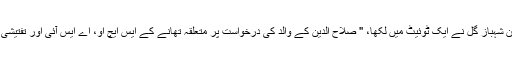
اس حوالے سے پنجاب حکومت کے ترجمان شہباز گل نے ایک ٹوئیٹ میں لکھا، '' صلاح الدین کے والد کی درخواست پر متعلقہ تھانے کے ایس ایچ او، اے ایس آئی اور تفتیشی افسر کے خلاف مقدمہ درج کر لیا گیا ہے۔